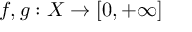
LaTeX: f , g : X \to [ 0 , + \infty ]